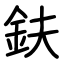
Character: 鈇